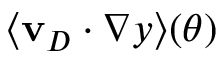
\langle \mathbf { v } _ { D } \cdot \nabla y \rangle ( \theta )